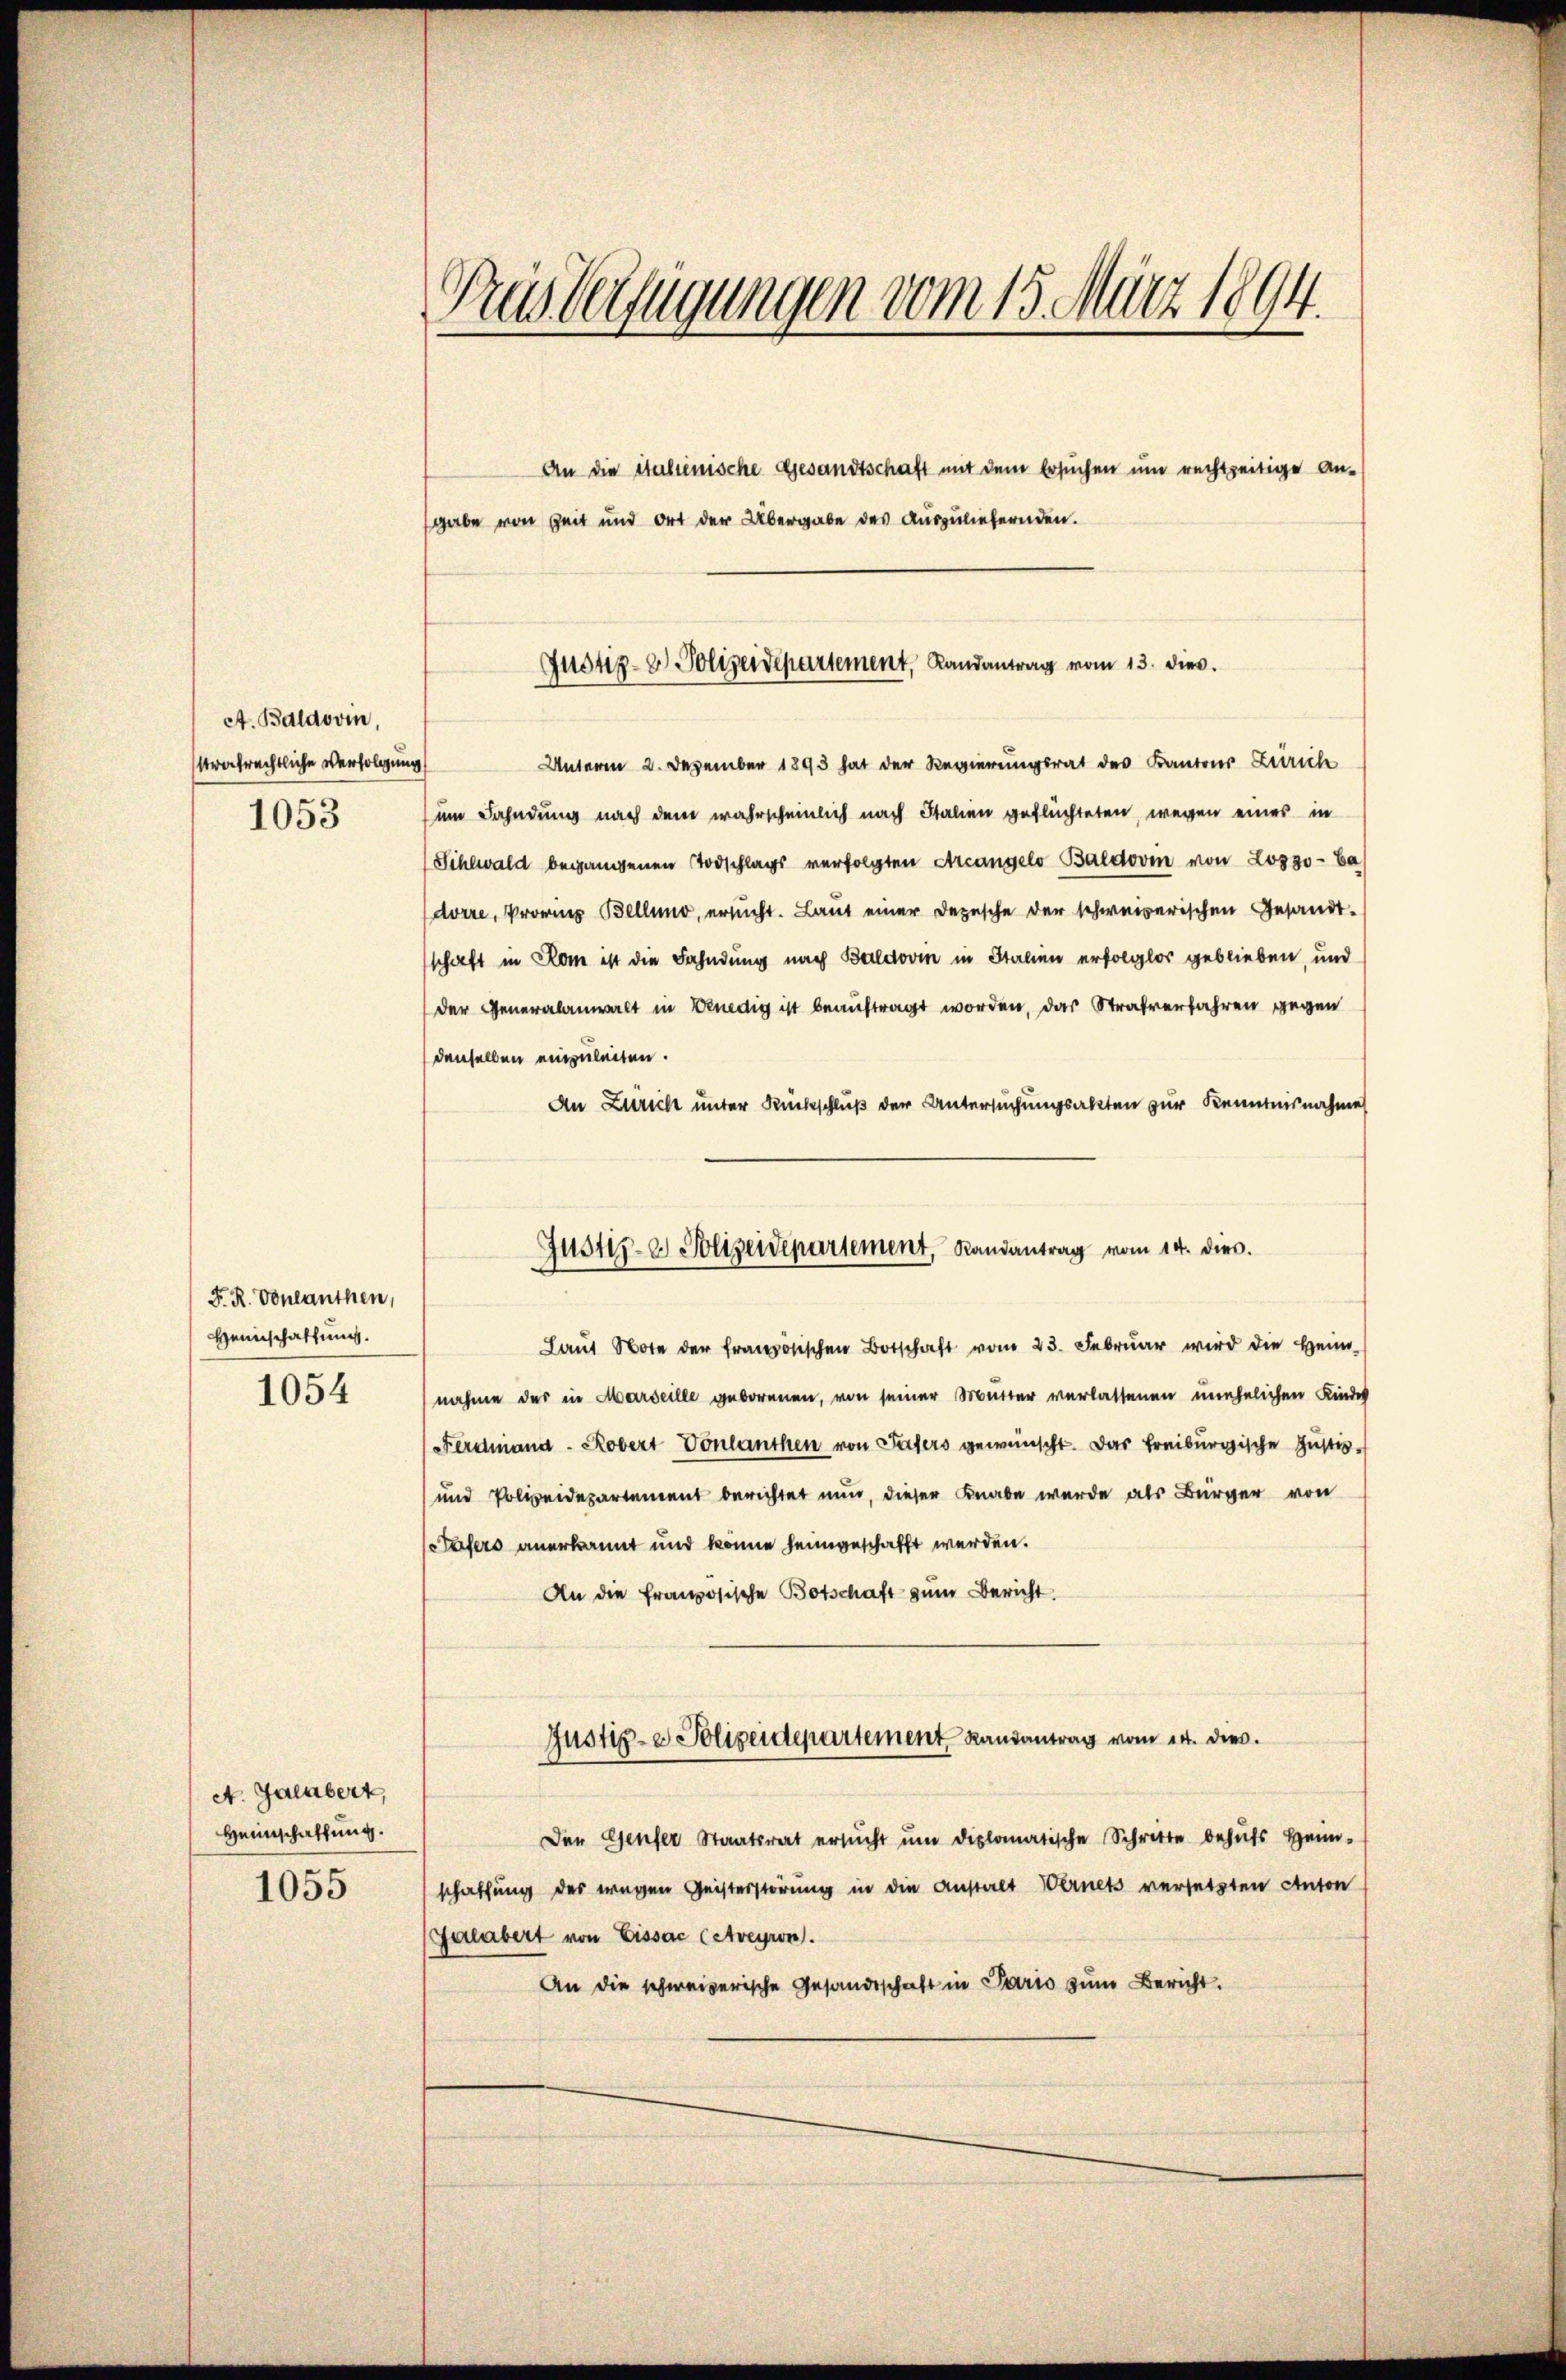
A. Baldovin,
Uratrechtliche Verfolgung
1053

F. R. Vonlauthen,
Heinschaffung.
1054

A. Galabert,
Heimschaffung.
1055

Prus beifügungen vom 15. März 1894.

An die italienische Gesandtschaft mit dem Ersuchen um rechtzeitige An-
sgabe von Zeit und Ort der Übergabe des Auszuliefernden.

Unterm 2. Dezember 1893 hat der Regierungsrat des Kantons Zürich
um Fahndung nach dem wahrscheinlich nach Italien geflüchteten, wegen eines in
Sihlwald begangenen Todschlags verfolgten Arcangelo Baldovin von Losso- Ba
dörre, Provinz Bellino, ersucht. Laut einer Depesche der schweizerischen Gesandt-
schaft in Rom ist die Fahndung nach Buldovi in Italien erfolglos geblieben, und
der Generalanwalt in Venedig ist beauftragt worden, das Strafverfahren gegen
denselben einzuleiten.
An Züricht unter Rückschluß der Untersuchungsakten zur Kenntnisnahme
Laŭt Note der französischen Botschaft vom 23. Febrŭar wird die Heim-
nahme des in Marseille geborenen, von seiner Mutter verlassenen unehelichen Kinder
Ferdinand - Robert Vonlanthen von Fasers gewünscht. Das Freiburgische Justiz-
und Polizeidepartement berichtet nun, dieser Knabe wurde als Bürger von
Stafers anerkannt und könne heimgeschafft werden.
An die französische Botschaft zum Bericht.
Justiz- & Polizeidepartement Randantrag vom 14. dies.
Der Genfer Staatsrat ersŭcht ŭm diplomatische Schritte behŭfs Heim-
schaffung des wegen Geisterstörung in die Anstalt Wernets versetzten Anton
Galabert von Eissac (Atveyron.
An die schweizerische Gesandtschaft in Paris zŭm Bericht.

Justiz- & Polizeidepartement, Landantrag vom 13. dies.

Justiz- & Polizeidepartement, Randantrag vom 14. dies.